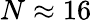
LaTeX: N\approx 16